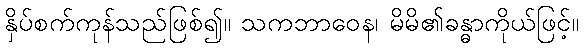
နှိပ်စက်ကုန်သည်ဖြစ်၍။ သကဘာဝေန၊ မိမိ၏ခန္ဓာကိုယ်ဖြင့်။